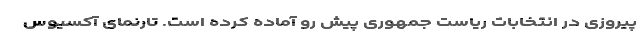
پیروزی در انتخابات ریاست جمهوری پیش رو آماده کرده است. تارنمای آکسیوس